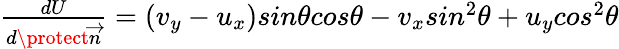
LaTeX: \begin{array}{r}{\frac{dU}{d\protect\overrightarrow{n}}=(v_{y}-u_{x})sin\theta cos\theta-v_{x}sin^{2}\theta+u_{y}cos^{2}\theta}\end{array}